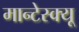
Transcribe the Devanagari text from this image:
मान्टेस्क्यू